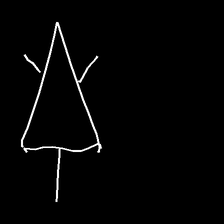
Glyph: fire